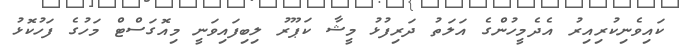
ކައިވެނިކުރިއިރު އެެދެމީހުންގެ އަލަތު ދަރިފުޅު މީޝާ ކަޕޫރު ލިބިފައިވަނީ މިއޮގަސްޓް މަހުގެ ފަހުކޮޅު